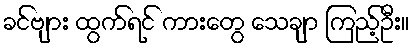
ခင်ဗျား ထွက်ရင် ကားတွေ သေချာ ကြည့်ဦး။